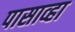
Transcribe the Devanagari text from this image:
पासाव्हा